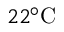
2 2 { } ^ { \circ } \mathrm { C }